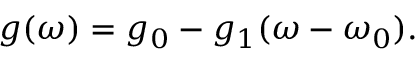
g ( \omega ) = g _ { 0 } - g _ { 1 } ( \omega - \omega _ { 0 } ) .